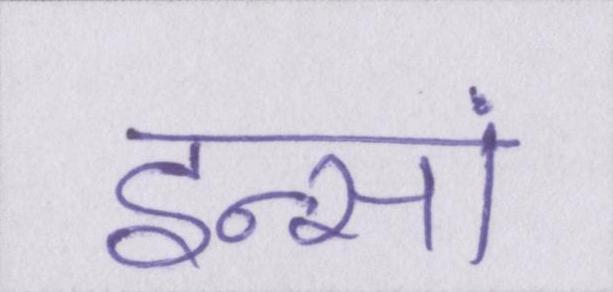
इन्सां